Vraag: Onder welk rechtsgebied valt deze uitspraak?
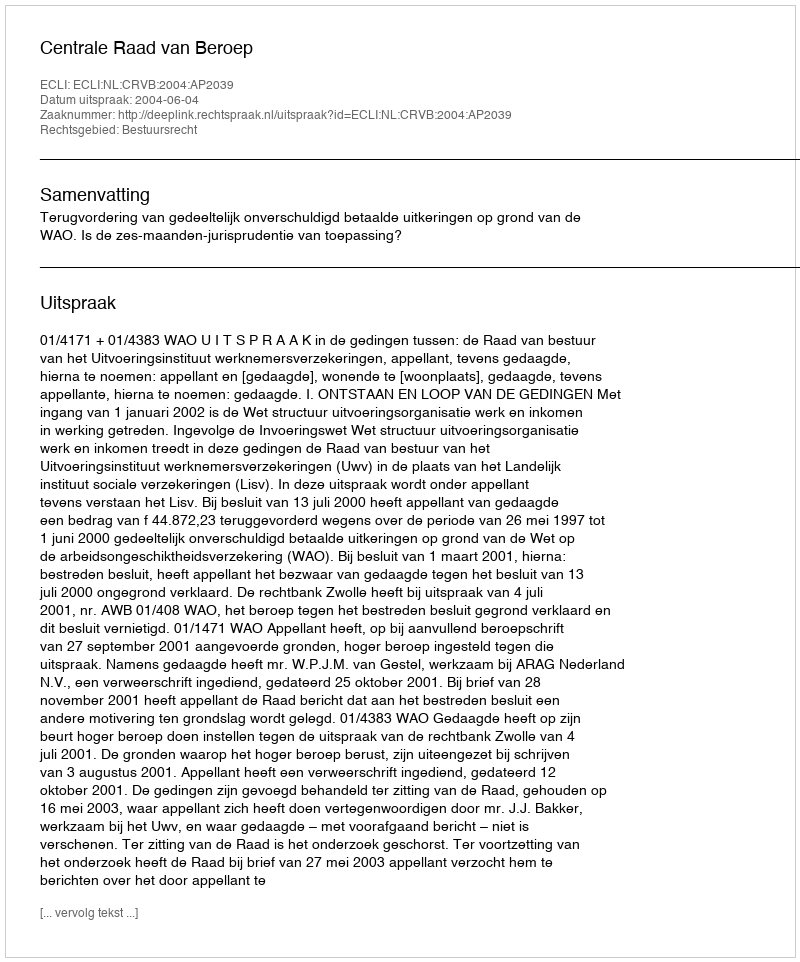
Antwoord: Bestuursrecht